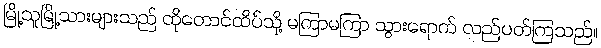
မြို့သူမြို့သားများသည် ထိုတောင်ထိပ်သို့ မကြာမကြာ သွားရောက် လည်ပတ်ကြသည်။